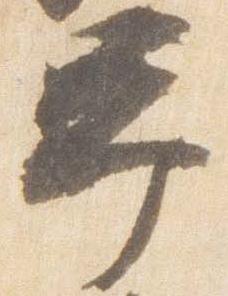
予